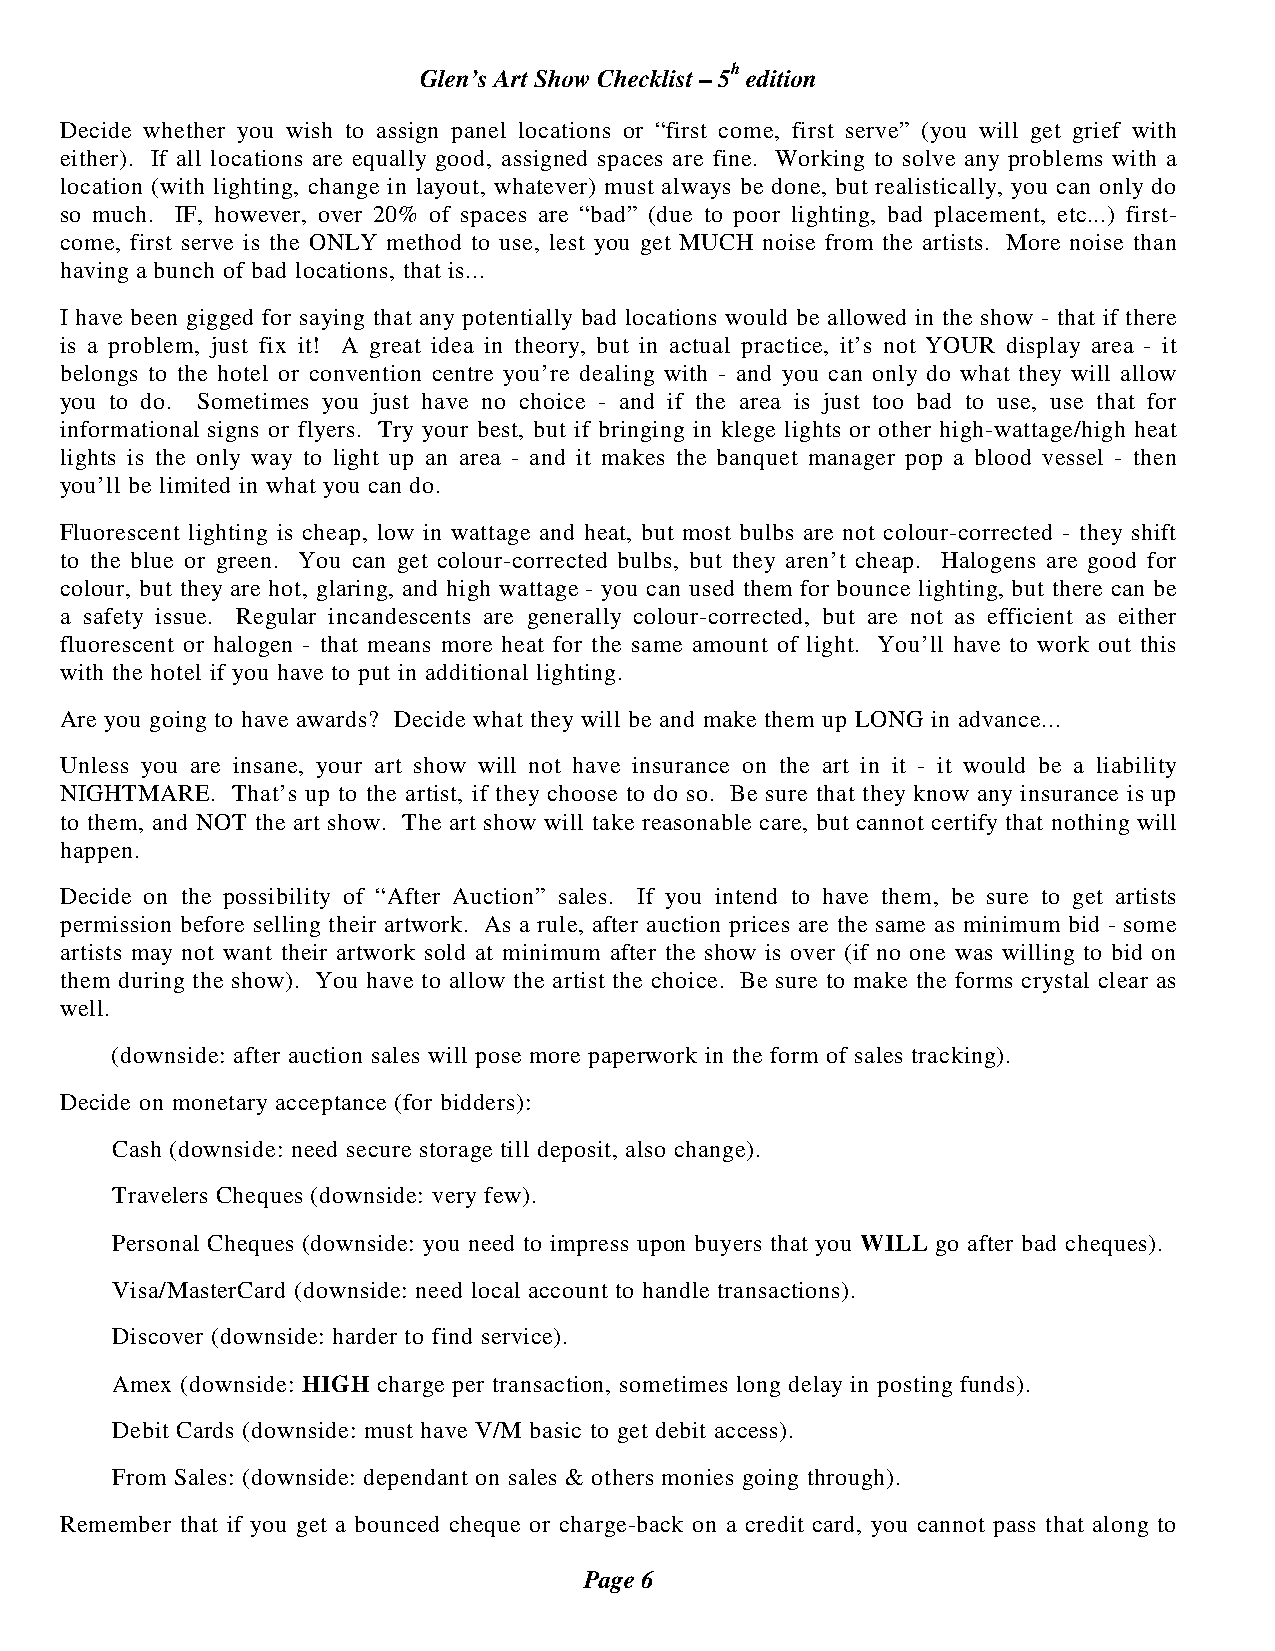
Glen’s Art Show Checklist – 5h edition
 Decide whether you wish to assign panel locations or “first come, first serve” (you will get grief with
 either). If all locations are equally good, assigned spaces are fine. Working to solve any problems with a
 location (with lighting, change in layout, whatever) must always be done, but realistically, you can only do
 so much. IF, however, over 20% of spaces are “bad” (due to poor lighting, bad placement, etc...) first-
 come, first serve is the ONLY method to use, lest you get MUCH noise from the artists. More noise than
 having a bunch of bad locations, that is...
 I have been gigged for saying that any potentially bad locations would be allowed in the show - that if there
 is a problem, just fix it! A great idea in theory, but in actual practice, it’s not YOUR display area - it
 belongs to the hotel or convention centre you’re dealing with - and you can only do what they will allow
 you to do. Sometimes you just have no choice - and if the area is just too bad to use, use that for
 informational signs or flyers. Try your best, but if bringing in klege lights or other high-wattage/high heat
 lights is the only way to light up an area - and it makes the banquet manager pop a blood vessel - then
 you’ll be limited in what you can do.
 Fluorescent lighting is cheap, low in wattage and heat, but most bulbs are not colour-corrected - they shift
 to the blue or green. You can get colour-corrected bulbs, but they aren’t cheap. Halogens are good for
 colour, but they are hot, glaring, and high wattage - you can used them for bounce lighting, but there can be
 a safety issue. Regular incandescents are generally colour-corrected, but are not as efficient as either
 fluorescent or halogen - that means more heat for the same amount of light. You’ll have to work out this
 with the hotel if you have to put in additional lighting.
 Are you going to have awards? Decide what they will be and make them up LONG in advance...
 Unless you are insane, your art show will not have insurance on the art in it - it would be a liability
 NIGHTMARE. That’s up to the artist, if they choose to do so. Be sure that they know any insurance is up
 to them, and NOT the art show. The art show will take reasonable care, but cannot certify that nothing will
 happen.
 Decide on the possibility of “After Auction” sales. If you intend to have them, be sure to get artists
 permission before selling their artwork. As a rule, after auction prices are the same as minimum bid - some
 artists may not want their artwork sold at minimum after the show is over (if no one was willing to bid on
 them during the show). You have to allow the artist the choice. Be sure to make the forms crystal clear as
 well.
 (downside: after auction sales will pose more paperwork in the form of sales tracking).
 Decide on monetary acceptance (for bidders):
 Cash (downside: need secure storage till deposit, also change).
 Travelers Cheques (downside: very few).
 Personal Cheques (downside: you need to impress upon buyers that you WILL go after bad cheques).
 Visa/MasterCard (downside: need local account to handle transactions).
 Discover (downside: harder to find service).
 Amex (downside: HIGH charge per transaction, sometimes long delay in posting funds).
 Debit Cards (downside: must have V/M basic to get debit access).
 From Sales: (downside: dependant on sales & others monies going through).
 Remember that if you get a bounced cheque or charge-back on a credit card, you cannot pass that along to
 Page 6